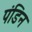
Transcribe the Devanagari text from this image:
पंडिन